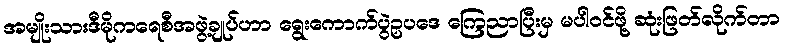
အမျိုးသားဒီမိုကရေစီအဖွဲ့ချုပ်ဟာ ရွေးကောက်ပွဲဥပဒေ ကြေညာပြီးမှ မပါဝင်ဖို့ ဆုံးဖြတ်လိုက်တာ